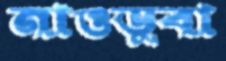
নাওডুবা